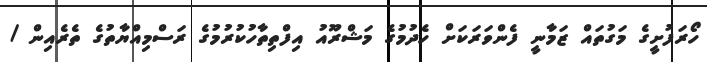
ހޯރަފުށީގެ މަގުތައް ޒަމާނީ ފެންވަރަކަށް ހެދުމުގެ މަޝްރޫއު އިފްތިތާހުކުރުމުގެ ރަސްމިއްޔާތުގެ ތެރެއިން /